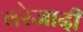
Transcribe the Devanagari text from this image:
बरेजादी